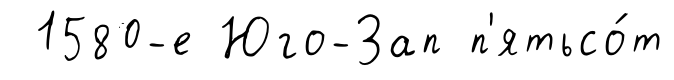
1580-е Юго-Зап п'ятьсо́т